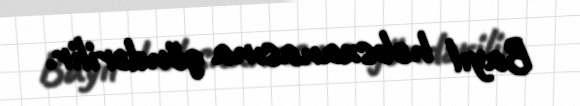
Bayıl həbsxanasına göndərilir.